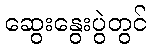
ဆွေးနွေးပွဲတွင်